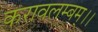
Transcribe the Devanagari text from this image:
करावलम्बम्।।